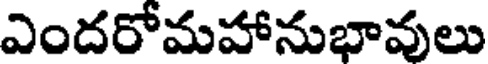
ఎందరోమహానుభావులు